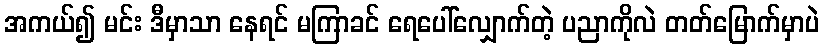
အကယ်၍ မင်း ဒီမှာသာ နေရင် မကြာခင် ရေပေါ်လျှောက်တဲ့ ပညာကိုလဲ တတ်မြောက်မှာပဲ